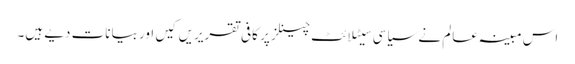
اس مبینہ عالم نے سیاسی سیٹلائٹ چینلز پر کافی تقریریں کیں اور بیانات دیے ہیں۔